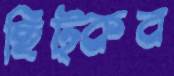
ছিট্‌কব